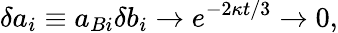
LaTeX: \delta a_{i}\equiv a_{Bi}\delta b_{i}\to e^{-2\kappa t/3}\to 0,